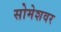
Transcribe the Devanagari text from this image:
सोमेशवर